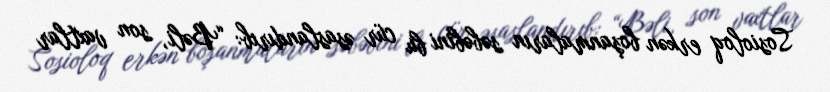
Sosioloq erkən boşanmaların səbəbini bu cür əsaslandırıb: “Bəli, son vaxtlar